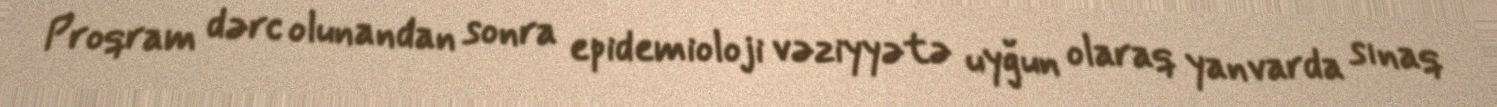
Proqram dərc olunandan sonra epidemioloji vəziyyətə uyğun olaraq yanvarda sınaq